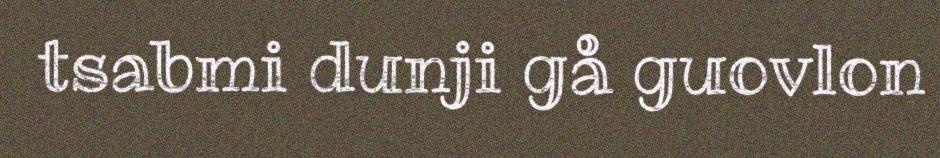
tsabmi dunji gå guovlon